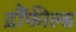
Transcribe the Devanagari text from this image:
द्रौंफील्ड